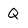
Character: Q